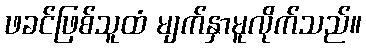
ဖခင်ဖြစ်သူထံ မျက်နှာမူလိုက်သည်။